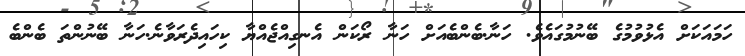
ހަމައަކަށް އެޅުވުމުގެ ބޭނުމުގައެވެ. ހަނާ.ބެންބެއަށް ހަނާ ރޯކަން އެނގިއްޖެއްޔާ ކިހައިދެރަވާނެ.ހަނާ ބޭނުންތަ ބެންބެ